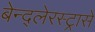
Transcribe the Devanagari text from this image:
बेन्द्लेरस्ट्रासे